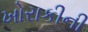
ખોરાકીની